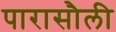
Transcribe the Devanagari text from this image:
पारासौली